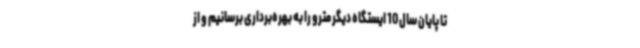
تا پایان سال 10 ایستگاه دیگر مترو را به بهره‌برداری برسانیم و از